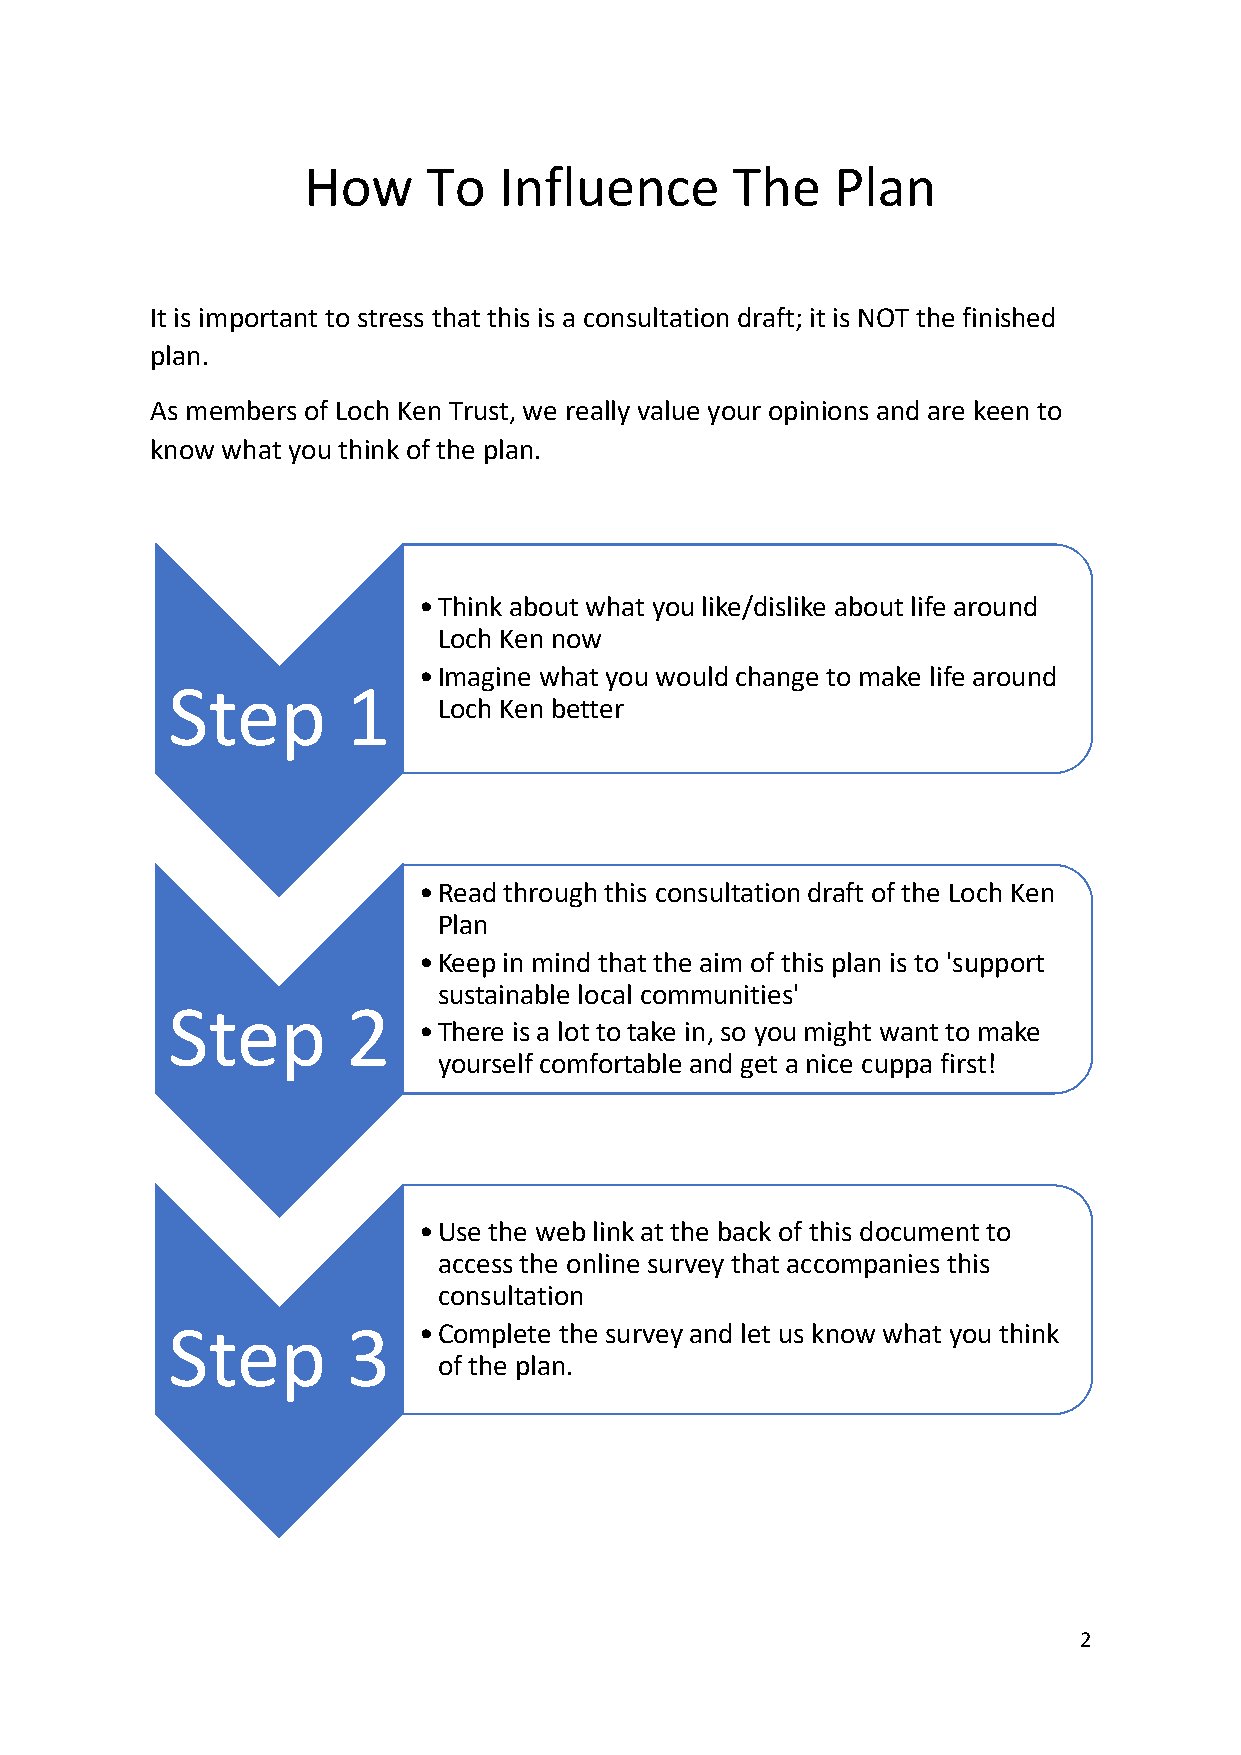
How     To   Influence      The    Plan
 It is important to stress that this is a consultation draft; it is NOT the finished
 plan.
 As members of Loch Ken Trust, we really value your opinions and are keen to
 know what you think of the plan.
 •Think about what you like/dislike about life around
 Loch Ken now
 •Imagine what you would change to make life around
 Step        1
 Loch Ken better
 •Read through this consultation draft of the Loch Ken
 Plan
 •Keep in mind that the aim of this plan is to 'support
 sustainable local communities'
 Step        2
 •There is a lot to take in, so you might want to make
 yourself comfortable and get a nice cuppa first!
 •Use the web link at the back of this document to
 access the online survey that accompanies this
 consultation
 Step        3    •Complete the survey and let us know what you think
 of the plan.
 2